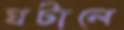
ঘটালে